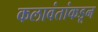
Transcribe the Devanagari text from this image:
कलावंतांकडून